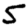
Digit: 5